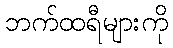
ဘက်ထရီများကို